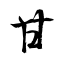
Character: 甘